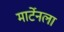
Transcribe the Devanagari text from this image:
मार्टेनला